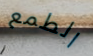
الطمع